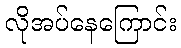
လိုအပ်နေကြောင်း